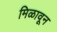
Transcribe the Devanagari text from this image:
मिळावून